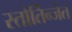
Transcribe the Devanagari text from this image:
स्तोर्तिन्जेत